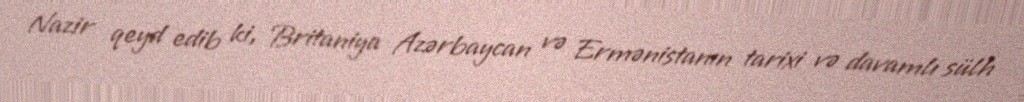
Nazir qeyd edib ki, Britaniya Azərbaycan və Ermənistanın tarixi və davamlı sülh